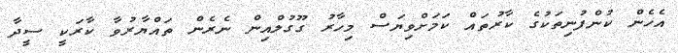
އެހެން ކުންފުނިތަކުގެ ކާރުތައް ކަމަށްވިޔަސް މިހާރު ގޫގުލްއިން ނެރެން ތައްޔާރުވާ ކާރަކީ ސީދާ